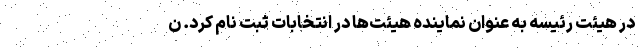
در هیئت رئیسه به عنوان نماینده هیئت‌ها در انتخابات ثبت نام کرد. ن